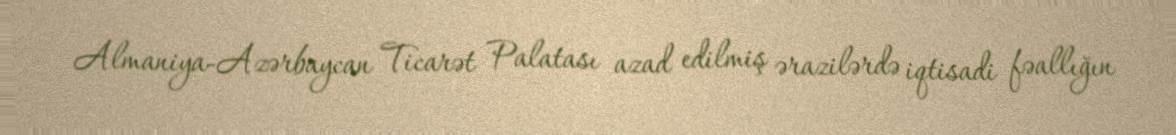
Almaniya-Azərbaycan Ticarət Palatası azad edilmiş ərazilərdə iqtisadi fəallığın